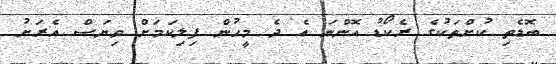
ބޮޑެތި ކުށްތަކުގެ ރެކޯޑު އޮންނަ އެ ދެ މީހުން ފިލިކަމަށް ވިޔަސް އެރަށު